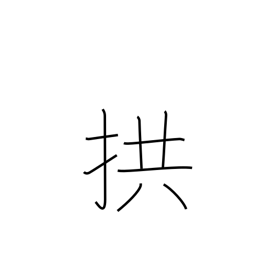
Meaning: fold arms